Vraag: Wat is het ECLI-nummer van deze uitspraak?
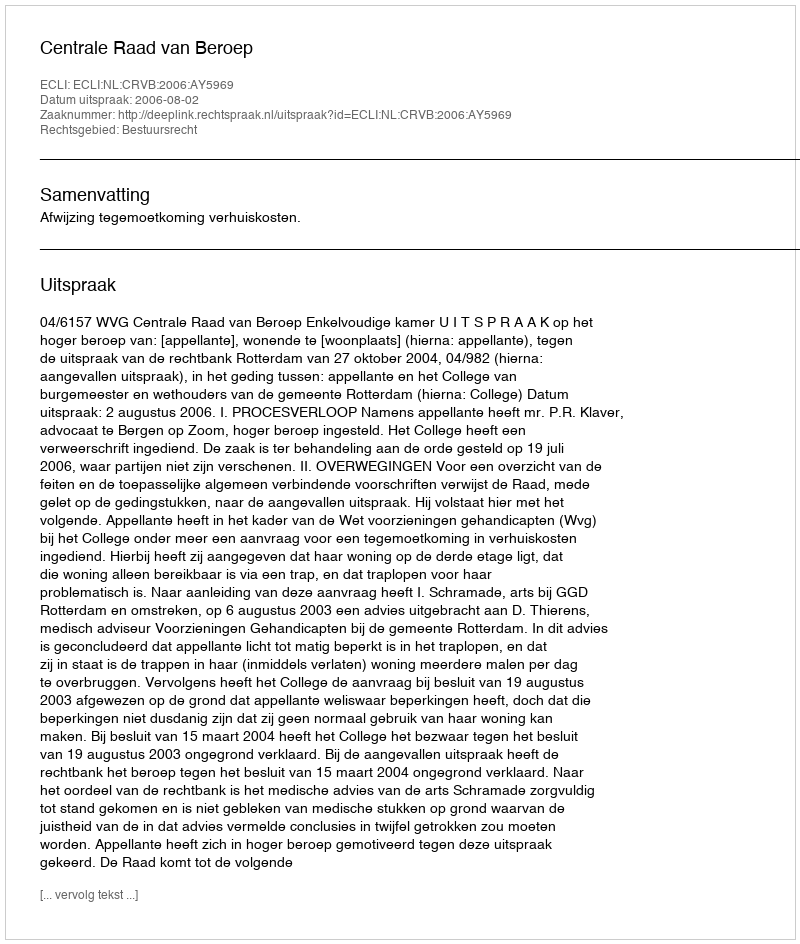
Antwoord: ECLI:NL:CRVB:2006:AY5969